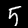
Label: 5